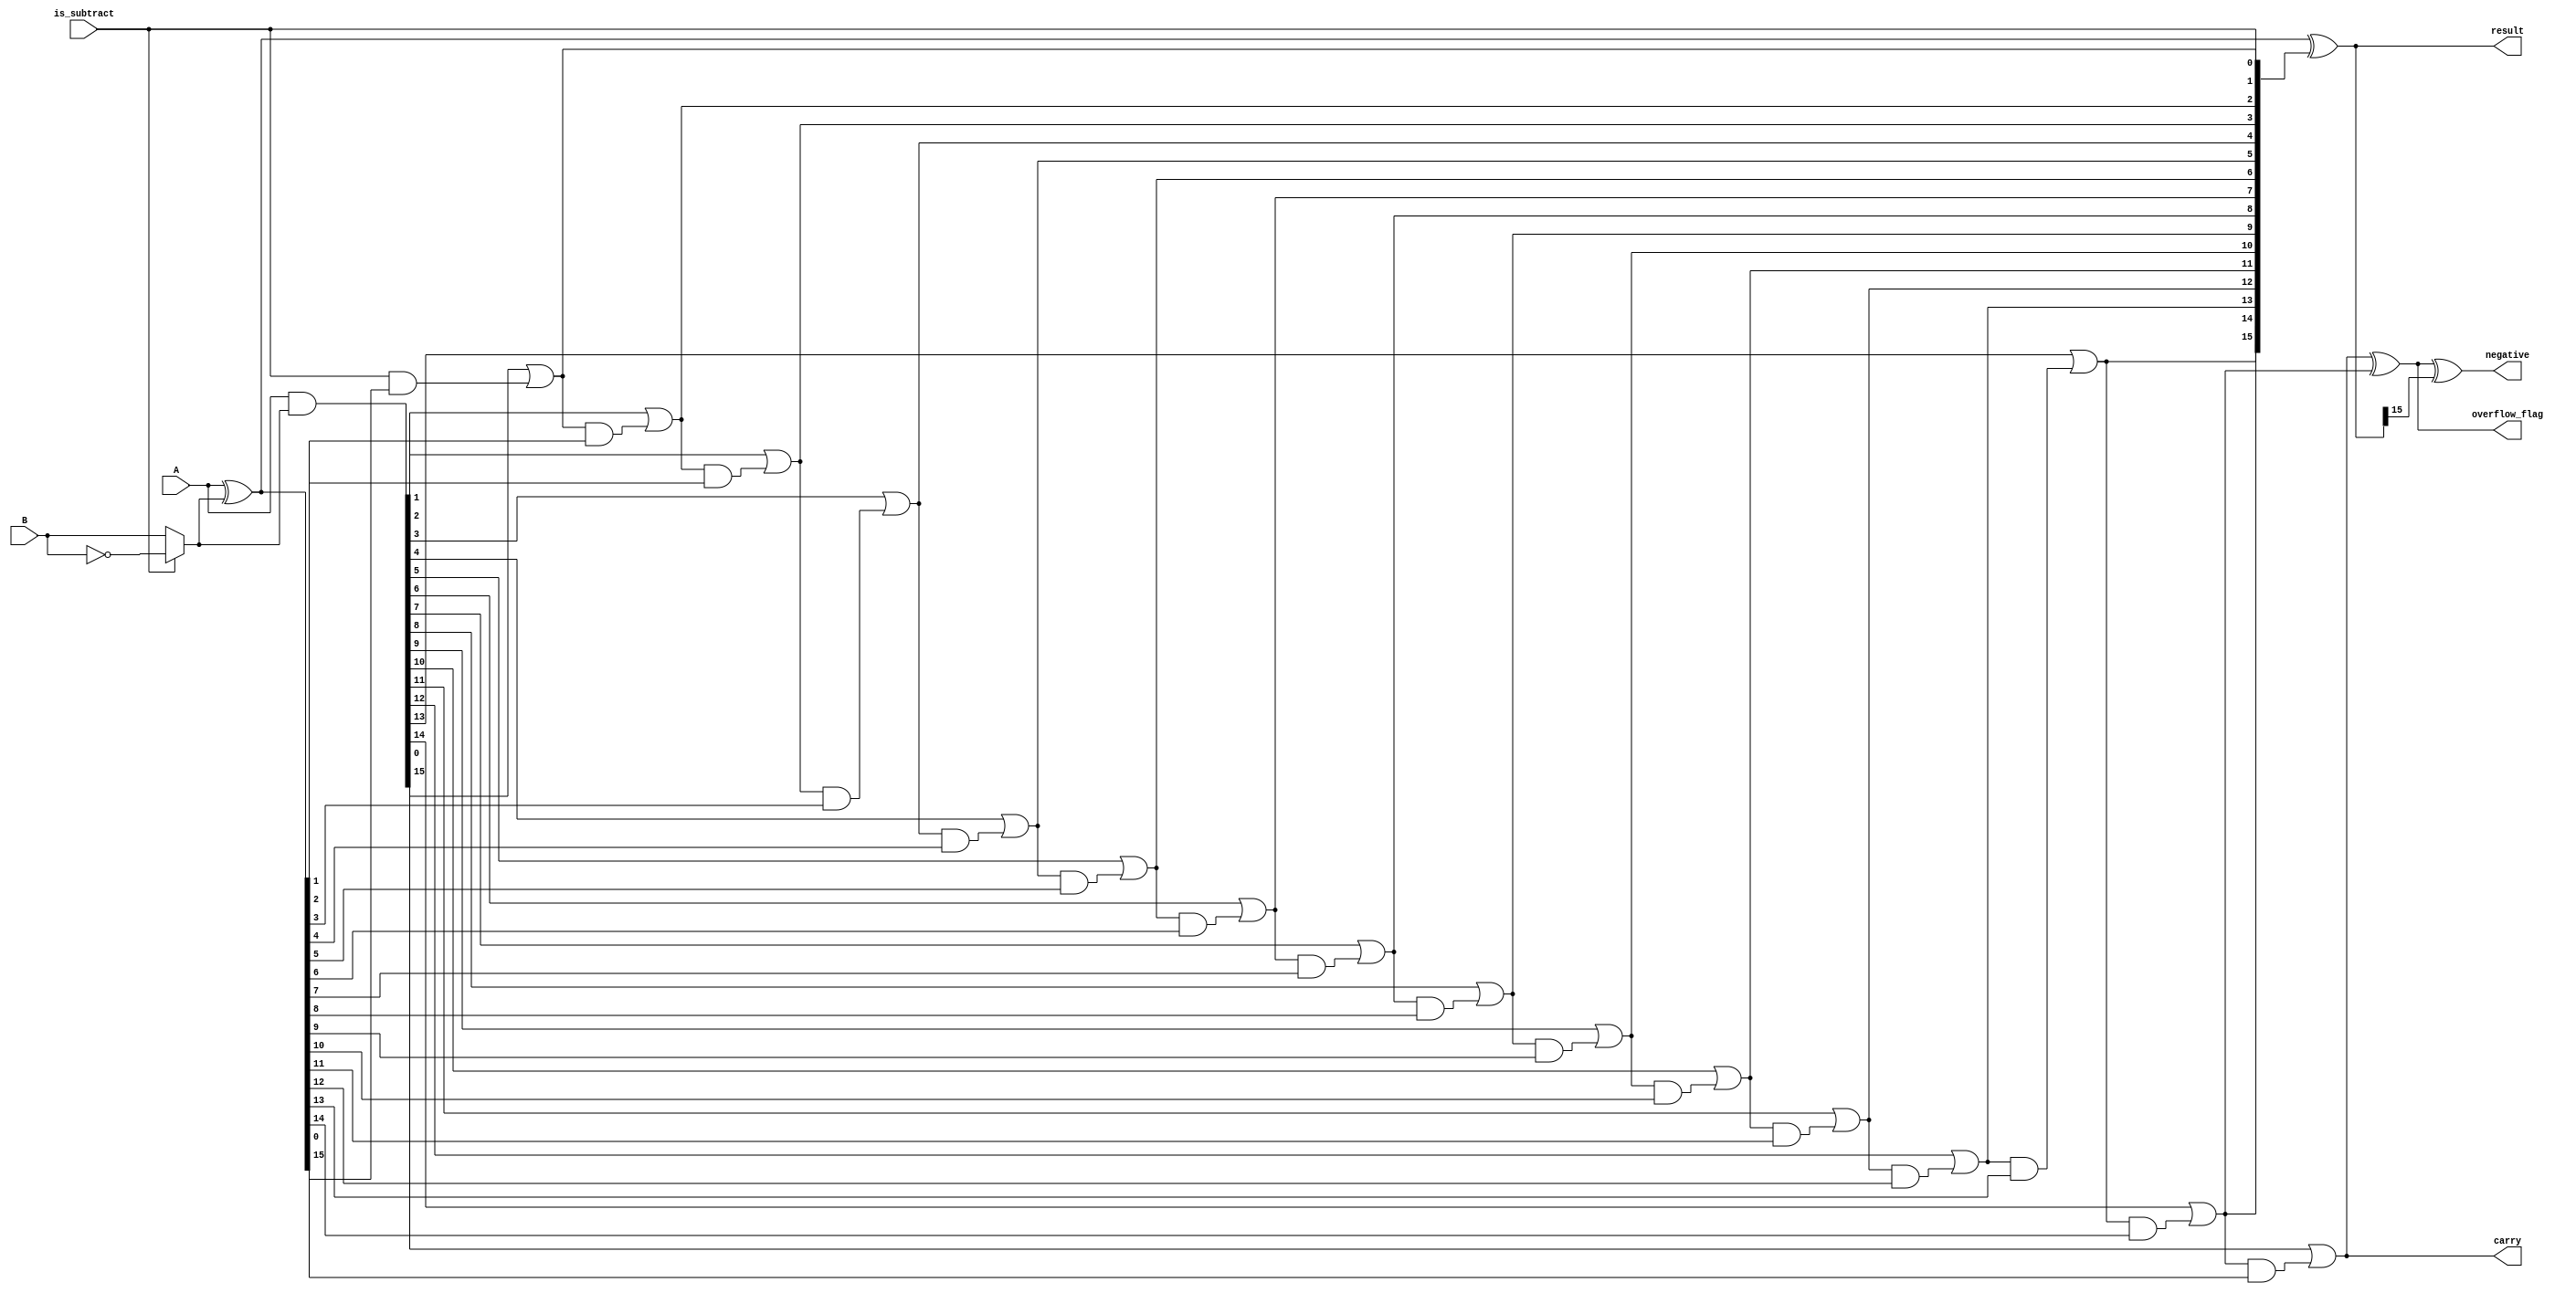
module adder
       #(parameter N=16)
       (
           input [N-1:0] A,
           input [N-1:0] B,
           input is_subtract,
           output [N-1:0] result,
           output reg carry,
           output reg overflow_flag,
           output reg negative
       );

reg [N:0] cs; // input carries
wire [N-1:0] G, P;
wire [N-1:0] second_operand;
assign second_operand = is_subtract ? ~B:B;
assign G = A & second_operand;
assign P = A ^ second_operand;
assign result = P ^ cs[N - 1:0];

always @(*) begin : carry_logic
    integer i;
    cs[0] <= is_subtract;
    for (i = 0; i < N - 1; i = i + 1) begin
        cs[i+1] <= G[i] | cs[i] & P[i];
    end
    carry <= G[N - 1] | cs[N - 1] & P[N - 1];
    overflow_flag <= carry ^ cs[N-1];
    negative <= overflow_flag ^ result[N-1];
end
endmodule